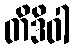
တိဒိဝါ